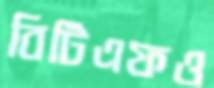
বিটিএফও